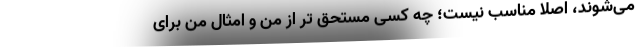
می‌شوند، اصلاً مناسب نیست؛ چه کسی مستحق تر از من و امثال من برای